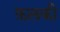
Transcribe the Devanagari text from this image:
फ़लकी